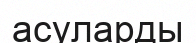
асуларды